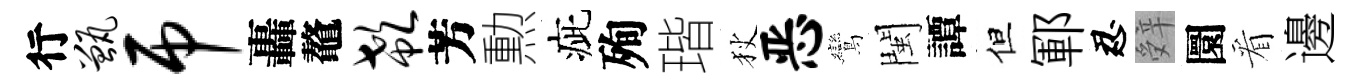
行甑吊轟鼇欷芳勲疵殉瑎狄恶鸞閩譚但鄆忍辤圜看邊